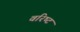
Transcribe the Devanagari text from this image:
वरिष्‍ट